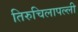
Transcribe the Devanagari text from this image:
तिरुचिलापल्ली